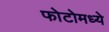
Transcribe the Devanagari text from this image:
फोटोमध्ये